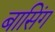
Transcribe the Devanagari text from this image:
बासिंग